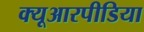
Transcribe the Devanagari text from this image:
क्यूआरपीडिया